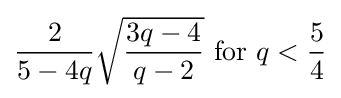
{\frac {2}{5-4q}}{\sqrt {\frac {3q-4}{q-2}}}{\text{ for }}q<{\frac {5}{4}}